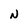
Character: N